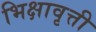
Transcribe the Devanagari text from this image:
भिक्षावृत्ती